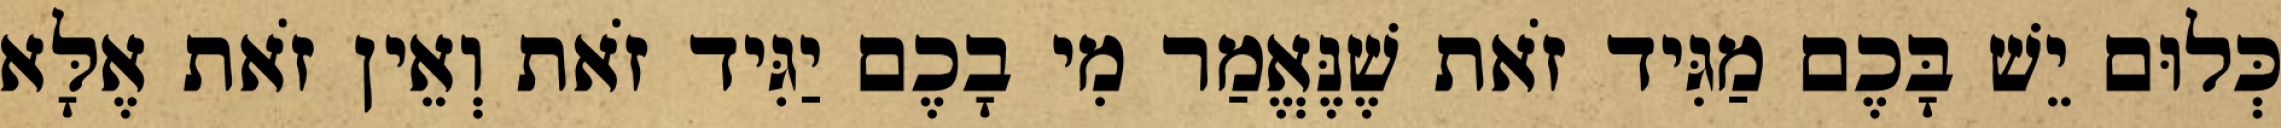
כְּלוּם יֵשׁ בָּכֶם מַגִּיד זֹאת שֶׁנֶּאֱמַר מִי בָכֶם יַגִּיד זֹאת וְאֵין זֹאת אֶלָּא